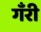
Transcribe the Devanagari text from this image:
गँरी